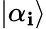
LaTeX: |{\alpha_{\mathbf{i}}}\rangle